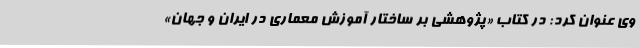
وی عنوان کرد: در کتاب «پژوهشی بر ساختار آموزش معماری در ایران و جهان»